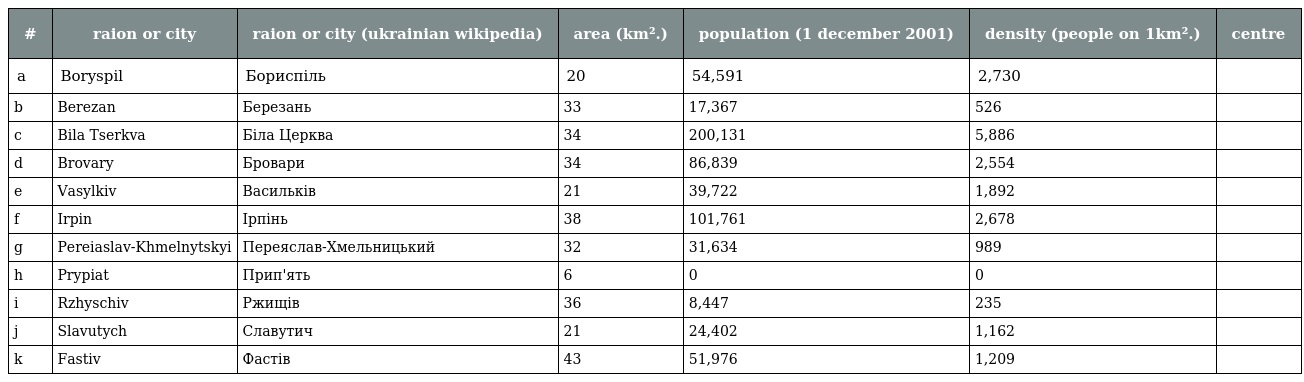
| # | raion or city | raion or city (ukrainian wikipedia) | area (km².) | population (1 december 2001) | density (people on 1km².) | centre |
 | --- | --- | --- | --- | --- | --- | --- |
 | a | Boryspil | Бориспіль | 20 | 54,591 | 2,730 |  |
 | b | Berezan | Березань | 33 | 17,367 | 526 |  |
 | c | Bila Tserkva | Біла Церква | 34 | 200,131 | 5,886 |  |
 | d | Brovary | Бровари | 34 | 86,839 | 2,554 |  |
 | e | Vasylkiv | Васильків | 21 | 39,722 | 1,892 |  |
 | f | Irpin | Ірпінь | 38 | 101,761 | 2,678 |  |
 | g | Pereiaslav-Khmelnytskyi | Переяслав-Хмельницький | 32 | 31,634 | 989 |  |
 | h | Prypiat | Прип'ять | 6 | 0 | 0 |  |
 | i | Rzhyschiv | Ржищів | 36 | 8,447 | 235 |  |
 | j | Slavutych | Славутич | 21 | 24,402 | 1,162 |  |
 | k | Fastiv | Фастів | 43 | 51,976 | 1,209 |  |